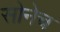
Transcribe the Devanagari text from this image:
सोनेच